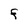
Character: F